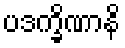
ပဒက္ခိဏာနိ